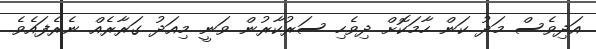
އަދިވެސް މަދު ކަން ހާމަކޮށް ދިވެހި ސަރުކާރުން ވަނީ މިއަދު ގަރާރެއް ނެރެފައެވެ.